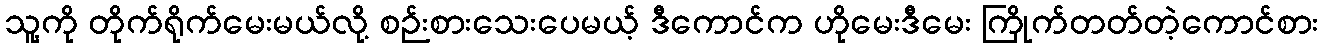
သူ့ကို တိုက်ရိုက်မေးမယ်လို့ စဉ်းစားသေးပေမယ့် ဒီကောင်က ဟိုမေးဒီမေး ကြိုက်တတ်တဲ့ကောင်စား